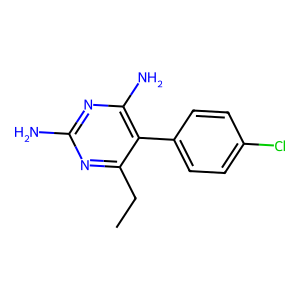
SMILES: CCc1nc(N)nc(N)c1-c1ccc(Cl)cc1
Inhibits HIV replication: No